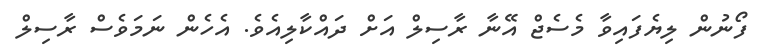
ފޯނުން ލިޔެފައިވާ މެސެޖް އޭނާ ރާސިލް އަށް ދައްކާލިއެވެ. އެހެން ނަމަވެސް ރާސިލް